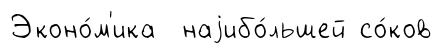
Эконо́м'ика наjибо́льшей со́ков